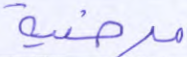
مرضية